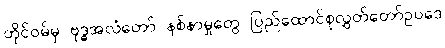
တိုင်ဝမ်မှ ဗုဒ္ဓအလံတော် နစ်နာမှုတွေ ပြည်ထောင်စုလွှတ်တော်ဥပဒေ